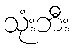
သုံးဘီး